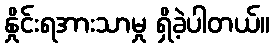
နှိုင်းရအားသာမှု ရှိခဲ့ပါတယ်။